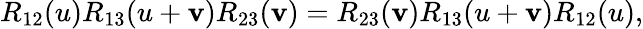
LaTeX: R_{12}(u)R_{13}(u+\mathbf{v})R_{23}(\mathbf{v})=R_{23}(\mathbf{v})R_{13}(u+\mathbf{v})R_{12}(u),